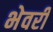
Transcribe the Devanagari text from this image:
भेवरी